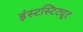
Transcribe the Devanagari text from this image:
इंस्टस्टिट्यूट